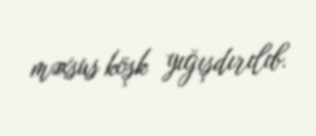
məxsus köşk yığışdırılıb.